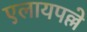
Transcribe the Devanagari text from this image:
एलायपल्ले